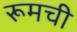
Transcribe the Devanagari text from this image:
रूमची